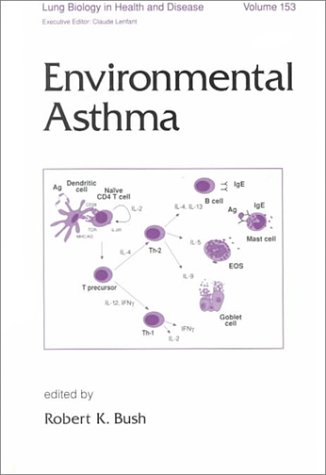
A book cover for Environmental Asthma (Lung Biology in Health and Disease); Robert K. Bush; Health, Fitness & Dieting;